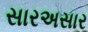
સારઅસાર